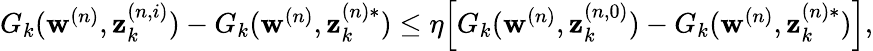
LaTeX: \begin{array}{r}{G_{k}(\mathbf{w}^{(n)},\mathbf{z}_{k}^{(n,i)})-G_{k}(\mathbf{w}^{(n)},\mathbf{z}_{k}^{(n)*})\leq\eta\Big[G_{k}(\mathbf{w}^{(n)},\mathbf{z}_{k}^{(n,0)})-G_{k}(\mathbf{w}^{(n)},\mathbf{z}_{k}^{(n)*})\Big],}\end{array}